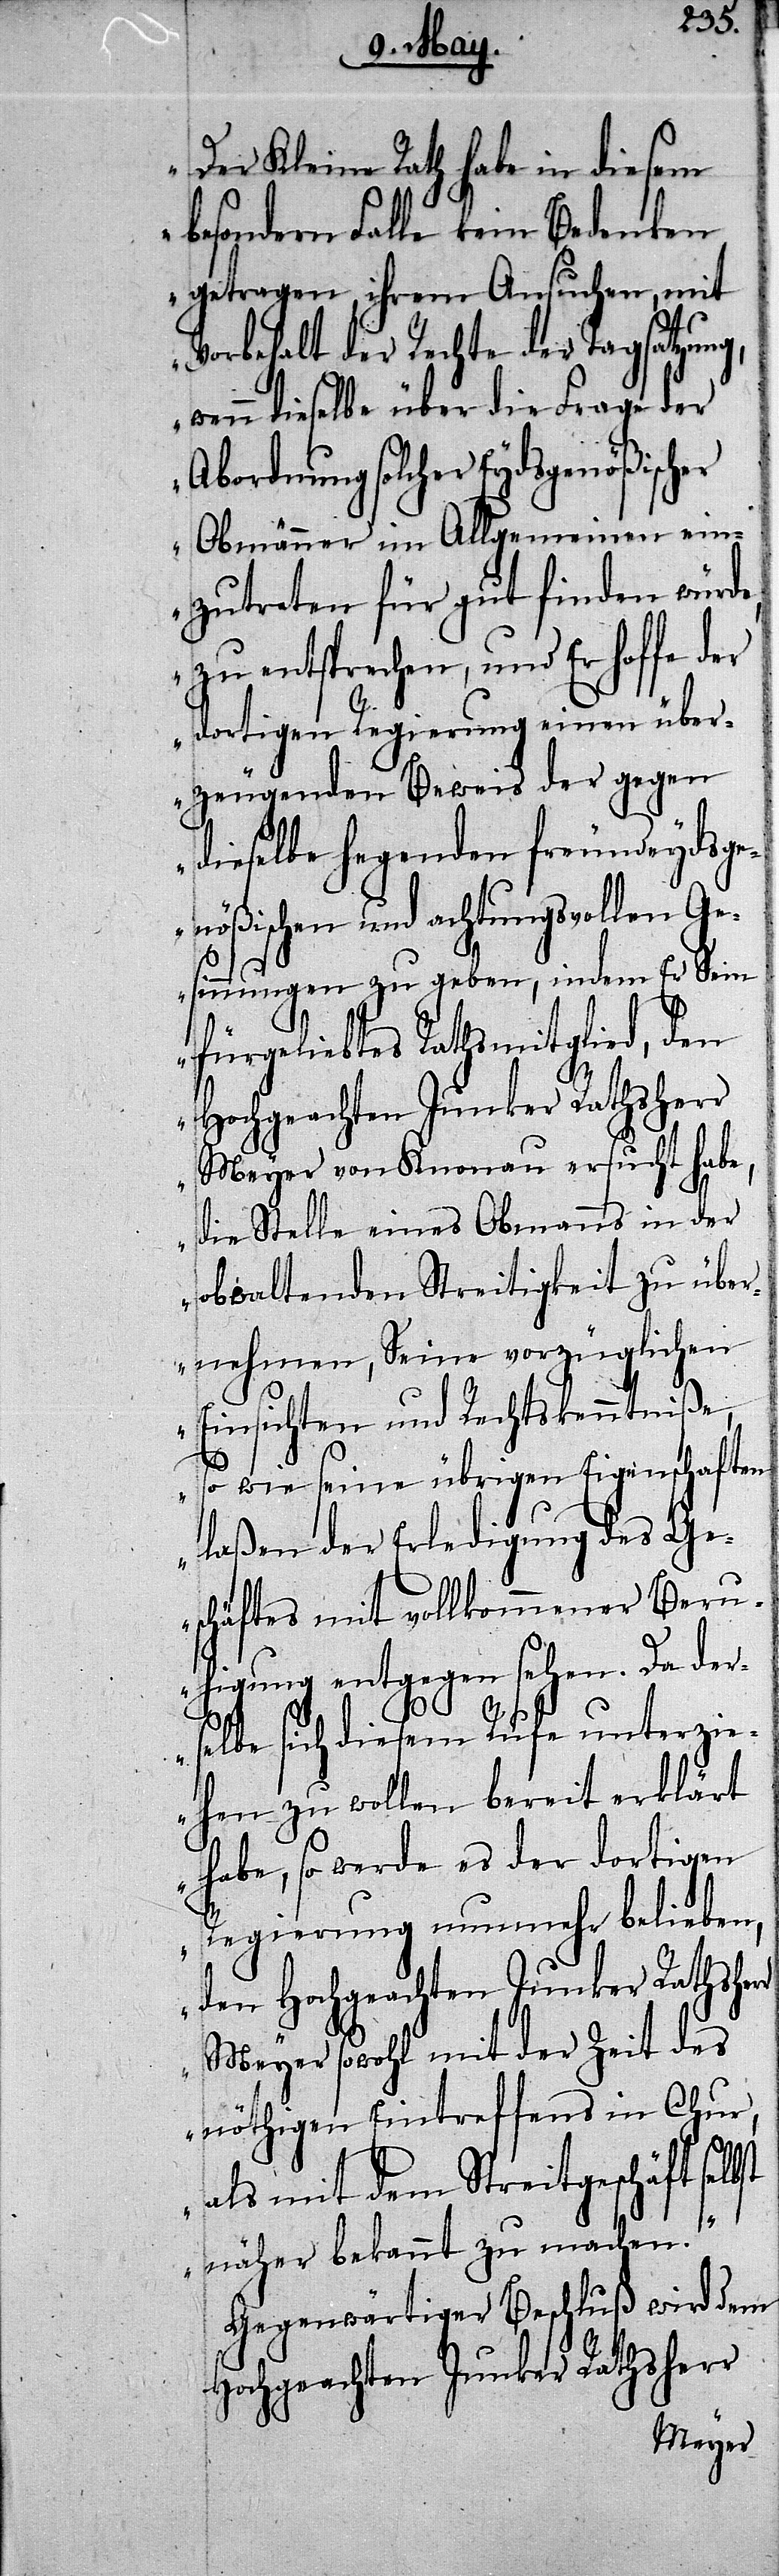
„Der Kleine Rath habe in diesem
besondern Falle kein Bedenken
getragen, ihrem Ansuchen, mit
Vorbehalt der Rechte der Tagsatzung,
wenn dieselbe über die Frage der
Abordnung solcher Eydsgenößisch¬
Obmänner im Allgemeinen ein¬
zutreten für gut finden würde,
zu entsprechen, und Er hoffe der
er
dortigen Regierung einen über¬
zeugenden Beweis der gegen
dieselbe hegenden freundeydsg¬
enößischen und achtungsvollen Ge¬
bst
sinnungen zu geben, indem Er Sein
fürgeliebtes Rechtsmitglied, den
Hochgeachten Junker Rathsherr
Meyer von Knonau ersucht habe,
die Stelle eines Obmanns in der
obwaltenden Streitigkeit zu über¬
nehmen, Seine vorzüglichen
Einsichten und Rechtskenntniße,
so wie seine übrigen Eigenschaften
laßen der Erledigung des Ge¬
schäftes mit vollkommener Ber¬
uhigung entgegen sehen. Da der¬
selbe sich diesem Rufe unterzi¬
ehen zu wollen bereit erklärt
habe, so werde es der dortigen
Regierung nunmehr belieben,
Meyer sowohl mit der Zeit des
nöthigen Eintreffens in Chur,
als mit dem Streitgeschäft sel¬
näher bekannt zu machen.“
Gegenwärtiger Beschluß wird dem
Hochgeachten Junker Rathsherr